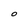
Character: O